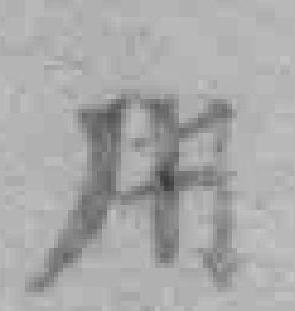
用